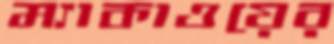
ম্যাকাওয়ের